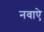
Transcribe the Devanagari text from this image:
नवाऐ